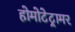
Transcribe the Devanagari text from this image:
होमोटेट्रामर